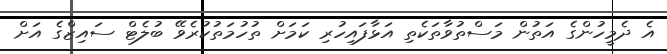
އެ ދެމީހުންގެ އަތުން މަސްތުވާތަކެތި އަޅާފައިހުރި ކަމަށް ތުހުމަތުކުރެވޭ ބުލެޓް ސައިޒްގެ އަށް